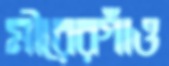
মীরেরগাঁও